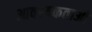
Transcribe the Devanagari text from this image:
आवश्यकताआें